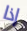
إذا